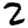
Digit: 2